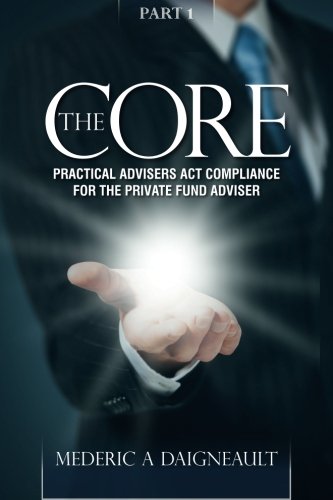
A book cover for The Core: Practical Advisers Act Compliance for the Private Fund Adviser (Volume 1); Mederic A Daigneault; Law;